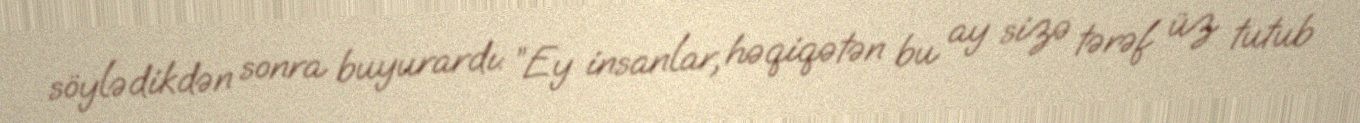
söylədikdən sonra buyurardı: ”Ey insanlar, həqiqətən bu ay sizə tərəf üz tutub